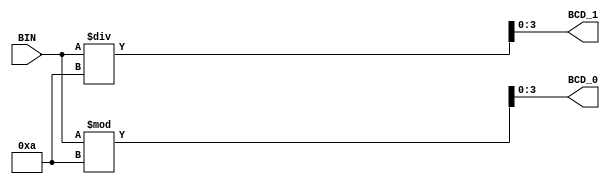
/*
	Binary to two digit BCD
*/
module Bin2BCD(BIN, BCD_0, BCD_1);
	input [5:0] BIN;
	output [3:0] BCD_0, BCD_1;
	
	assign BCD_0 = BIN % 10;
	assign BCD_1 = BIN / 10;

endmodule




module Bin2BCD_tb();
	reg [5:0] BIN;
	wire [3:0] BCD_0, BCD_1; 
	
	Bin2BCD DUT (BIN, BCD_0, BCD_1);
	
	initial begin
	#10
		BIN = 11;
	#10
		BIN = 33;
	#10 
		BIN = 59;
	#10 
		$finish;
	end

endmodule